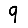
Digit: 9